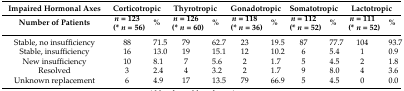
<table><thead><tr><td><b>Impaired Hormonal Axes</b></td><td colspan="2"><b>Corticotropic</b></td><td colspan="2"><b>Thyrotropic</b></td><td colspan="2"><b>Gonadotropic</b></td><td colspan="2"><b>Somatotropic</b></td><td colspan="2"><b>Lactotropic</b></td></tr><tr><td><b>Number of Patients</b></td><td><b><i>n</i> = 123 (* <i>n</i> = 56)</b></td><td><b>%</b></td><td><b><i>n</i> = 126 (* <i>n</i> = 60)</b></td><td><b>%</b></td><td><b><i>n</i> = 118 (* <i>n</i> = 36)</b></td><td><b>%</b></td><td><b><i>n</i> = 112 (* <i>n</i> = 52)</b></td><td><b>%</b></td><td><b><i>n</i> = 111 (* <i>n</i> = 52)</b></td><td><b>%</b></td></tr></thead><tbody><tr><td>Stable, no insufficiency</td><td>88</td><td>71.5</td><td>79</td><td>62.7</td><td>23</td><td>19.5</td><td>87</td><td>77.7</td><td>104</td><td>93.7</td></tr><tr><td>Stable, insufficiency</td><td>16</td><td>13.0</td><td>19</td><td>15.1</td><td>12</td><td>10.2</td><td>6</td><td>5.4</td><td>1</td><td>0.9</td></tr><tr><td>New insufficiency</td><td>10</td><td>8.1</td><td>7</td><td>5.6</td><td>2</td><td>1.7</td><td>5</td><td>4.5</td><td>2</td><td>1.8</td></tr><tr><td>Resolved</td><td>3</td><td>2.4</td><td>4</td><td>3.2</td><td>2</td><td>1.7</td><td>9</td><td>8.0</td><td>4</td><td>3.6</td></tr><tr><td>Unknown replacement</td><td>6</td><td>4.9</td><td>17</td><td>13.5</td><td>79</td><td>66.9</td><td>5</td><td>4.5</td><td>0</td><td>0.0</td></tr></tbody></table>